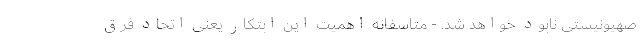
صهیونیستی نابود خواهد شد. - متاسفانه اهمیت این ابتکار یعنی اتحاد فرق